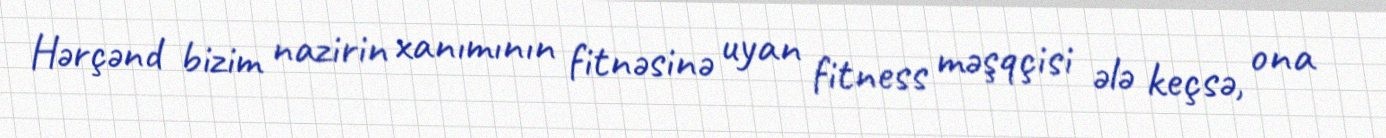
Hərçənd bizim nazirin xanımının fitnəsinə uyan fitness məşqçisi ələ keçsə, ona